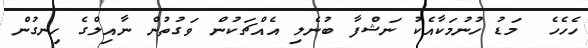
ހެހެހެ  މަޑު ހުނުމަކާއެކު ނަޝްފާ ބުނެލި އެއްޗަކުން ވަގުތުން ނާއިލްގެ ހިނގުން